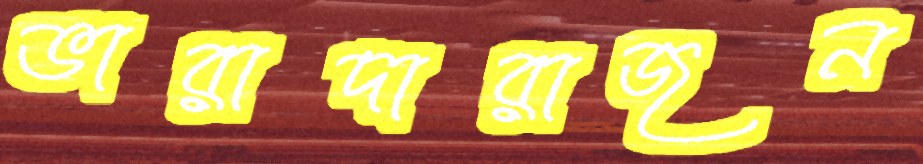
ভারাদারাজন